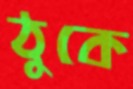
ঠুকে